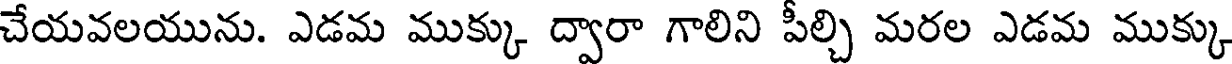
చేయవలయును. ఎడమ ముక్కు ద్వారా గాలిని పీల్చి మరల ఎడమ ముక్కు